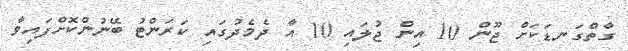
ގާތްގަނޑަކަށް ޖޫން 10 އިން ޖުލައި 10 އާ ދެމެދުގައި ކަރަންޓު ބޭނުންކޮށްފައިވާ